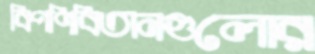
বিপণিবিতানগুলোর